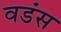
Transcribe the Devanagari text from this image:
वडंस